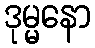
ဒုမ္မနော